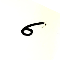
6